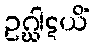
ဥဂ္ဃါဋယိံ